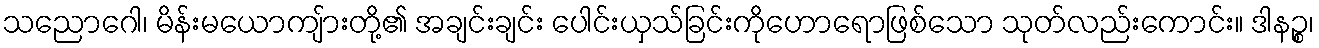
သညောဂေါ၊ မိန်းမယောကျ်ားတို့၏ အချင်းချင်း ပေါင်းယှသ်ခြင်းကိုဟောရောဖြစ်သော သုတ်လည်းကောင်း။ ဒါနဉ္စ၊